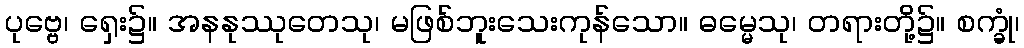
ပုဗ္ဗေ၊ ရှေး၌။ အနနုဿုတေသု၊ မဖြစ်ဘူးသေးကုန်သော။ ဓမ္မေသု၊ တရားတို့၌။ စက္ခုံ၊